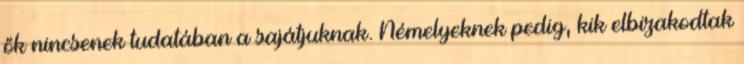
ők nincsenek tudatában a sajátjuknak. Némelyeknek pedig, kik elbizakodtak